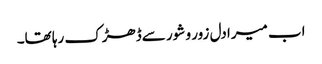
اب میرا دل زور و شور سےڈھڑک رہا تھا۔